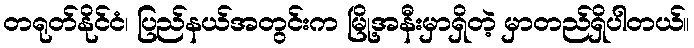
တရုတ်နိုင်ငံ၊ ပြည်နယ်အတွင်းက မြို့အနီးမှာရှိတဲ့ မှာတည်ရှိပါတယ်။